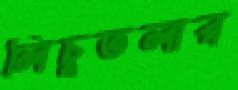
লিচুতলার